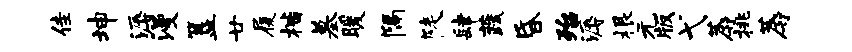
佳坤溽漫簋廿履楷墓暖隔陡肆蔬昏殆溽根元版弋蓐挑蓐